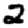
Digit: 2